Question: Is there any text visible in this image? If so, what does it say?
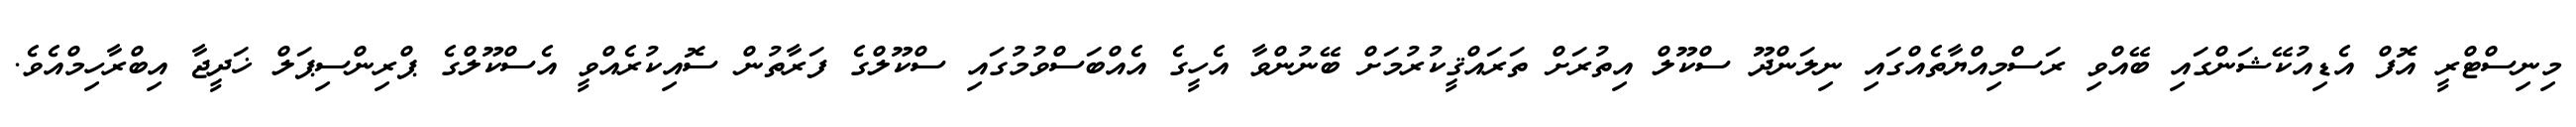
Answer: މިނިސްޓްރީ އޮފް އެޑިއުކޭޝަންގައި ބޭއްވި ރަސްމިއްޔާތެއްގައި ނިލަންދޫ ސްކޫލް އިތުރަށް ތަރައްޤީކުރުމަށް ބޭނުންވާ އެހީގެ އެއްބަސްވުމުގައި ސްކޫލްގެ ފަރާތުން ސޮއިކުރެއްވީ އެސްކޫލްގެ ޕްރިންސިޕަލް ޚަދީޖާ އިބްރާހިމްއެވެ.